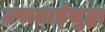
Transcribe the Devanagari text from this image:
उषाताईसुद्धा